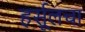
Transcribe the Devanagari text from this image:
हर्सूलचा